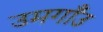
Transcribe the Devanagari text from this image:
उमगाँउ